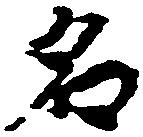
名